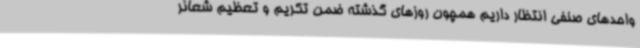
واحدهای صنفی انتظار داریم همچون روزهای گذشته ضمن تکریم و تعظیم شعائر